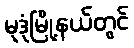
မုဒုံမြို့နယ်တွင်